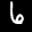
Label: 6